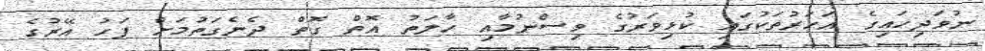
ނުވަދިހައިގެ އަހަރުތަކުގައި ކުޅިވަރުގެ ވިސްނުމާއި ހާލަތު އޮތް ގޮތް ދެނެގަތުމަށް ފަހު އޭރުގެ